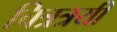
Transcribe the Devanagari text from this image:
चित्रत्रयी